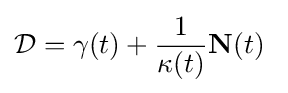
{\mathcal {D}}=\gamma (t)+{\frac {1}{\kappa (t)}}{\mathbf {N} }(t)\